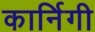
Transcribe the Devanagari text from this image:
कार्निगी